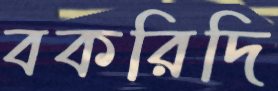
বকরিদি